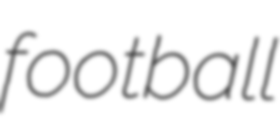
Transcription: football